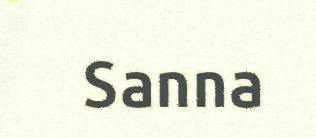
Sanna